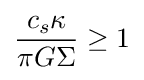
{\frac {c_{s}\kappa }{\pi G\Sigma }}\geq 1